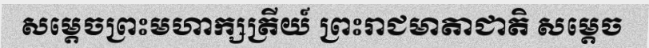
សម្តេចព្រះមហាក្សត្រីយ៍ ព្រះរាជមាតាជាតិ សម្តេច